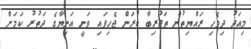
މިއަދު ދިވެހި ރައްޔިތުން ތަޖުރިބާ ކުރަން ޖެހިފައި ވަނީ އަނިޔާގެ ދަތުރު ކަމަށް